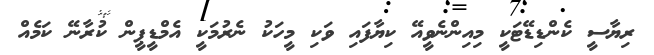
ރިޔާސީ ކެންޑިޑޭޓަކީ މިއިންނެވީއޭ ކިޔާފައި ވަކި މީހަކު ނެރުމަކީ އެމްޑީޕީން ކުރާނޭ ކަމެއް